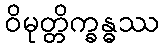
ဝိမုတ္တိက္ခန္ဓဿ